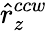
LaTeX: \hat{r}_{z}^{ccw}